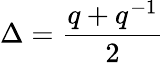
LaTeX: \Delta=\frac{q+q^{-1}}{2}